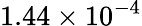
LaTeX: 1.44\times 10^{-4}